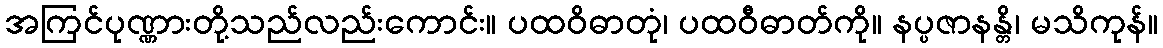
အကြင်ပုဏ္ဏားတို့သည်လည်းကောင်း။ ပထဝိဓာတုံ၊ ပထဝီဓာတ်ကို။ နပ္ပဇာနန္တိ၊ မသိကုန်။